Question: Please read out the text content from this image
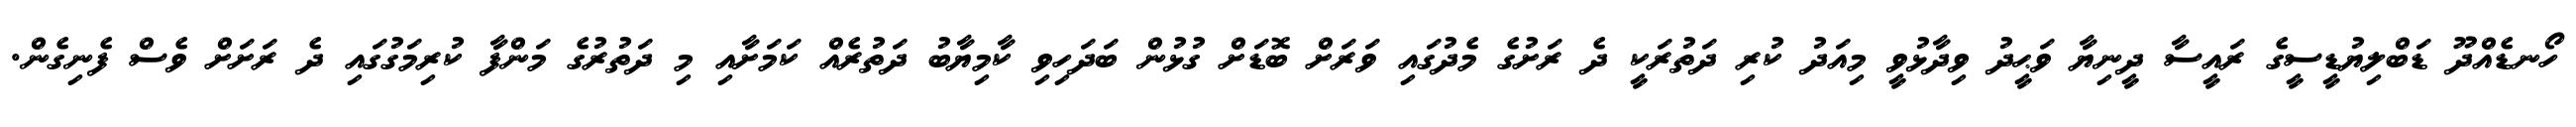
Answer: ހޯނޑެއްދޫ ޑަބްލިޔުޑީސީގެ ރައީސާ ދީނިޔާ ވަޙީދު ވިދާޅުވީ މިއަދު ކުރި ދަތުރަކީ ދެ ރަށުގެ މެދުގައި ވަރަށް ބޮޑަށް ގުޅުން ބަދަހިވި ކާމިޔާބު ދަތުރެއް ކަމަށާއި މި ދަތުރުގެ މަންފާ ކުރިމަގުގައި ދެ ރަށަށް ވެސް ފެނިގެން.